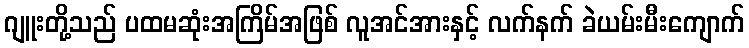
ဂျူးတို့သည် ပထမဆုံးအကြိမ်အဖြစ် လူအင်အားနှင့် လက်နက် ခဲယမ်းမီးကျောက်